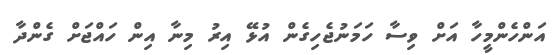
އަންހެންމީހާ އަށް ވިސާ ހަމަނުޖެހިގެން އުޅޭ އިރު މިނާ އިން ހައްޖަށް ގެންދާ